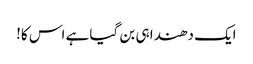
ایک دھندا ہی بن گیا ہے اس کا!